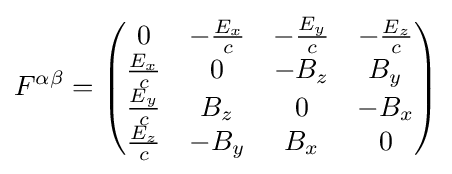
F^{\alpha \beta }={\begin{pmatrix}0&-{\frac {E_{x}}{c}}&-{\frac {E_{y}}{c}}&-{\frac {E_{z}}{c}}\\{\frac {E_{x}}{c}}&0&-B_{z}&B_{y}\\{\frac {E_{y}}{c}}&B_{z}&0&-B_{x}\\{\frac {E_{z}}{c}}&-B_{y}&B_{x}&0\end{pmatrix}}